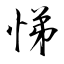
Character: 悌